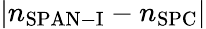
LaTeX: |n_{\mathrm{SPAN-I}}-n_{\mathrm{SPC}}|